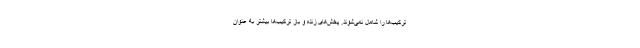
ترکیب‌ها را شامل نمی‌شوند. پخش‌های زنده و باز ترکیب‌ها بیشتر به عنوان